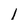
Character: l